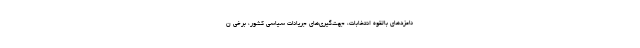
نامزدهای بالقوه انتخابات، جهت‌گیری‌های جریانات سیاسی کشور، برخی ن